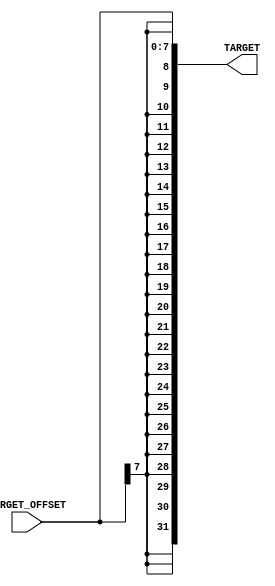
`timescale  1ns/100ps

module signextend(TARGET, TARGET_OFFSET) ;
    output [31 : 0]  TARGET;
    input [7 : 0]  TARGET_OFFSET ;
    assign TARGET ={{24 {TARGET_OFFSET [ 7 ]}},TARGET_OFFSET}; //repeat 7 th bit 24 times and concatenate  
endmodule